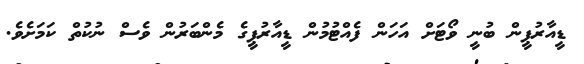
ޑީއާރުޕީން ބުނީ ވޯޓަށް އަހަން ފެއްޓުމުން ޑީއާރުޕީގެ މެންބަރުން ވެސް ނުކުތް ކަމަށެވެ.